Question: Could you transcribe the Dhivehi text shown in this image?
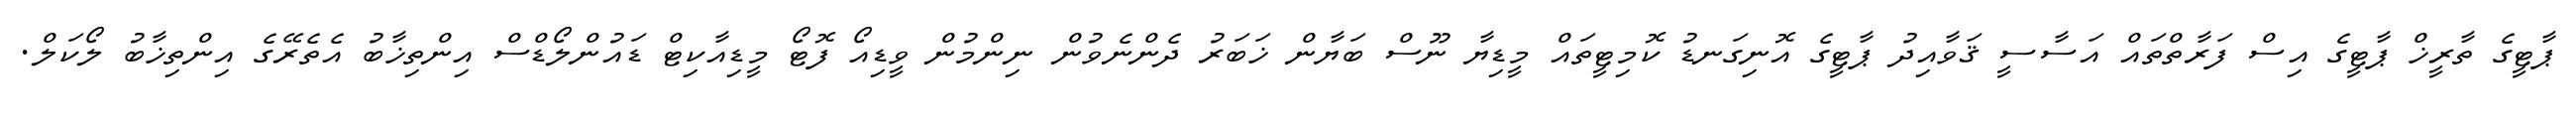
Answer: ޕާޓީގެ ތާރީޚް ޕާޓީގެ އިސް ފަރާތްތައް އަސާސީ ޤަވާއިދު ޕާޓީގެ އޮނިގަނޑު ކޮމިޓީތައް މީޑިޔާ ނޫސް ބަޔާން ޚަބަރު ދެންނެވުން ނިންމުން ވީޑިއޯ ފޮޓޯ މީޑިއާކިޓް ޑައުންލޯޑްސް އިންތިޚާބު އެތެރޭގެ އިންތިޚާބު ލޯކަލް.